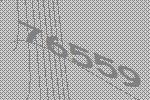
76559